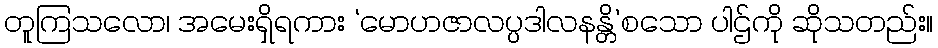
တူကြသလော၊ အမေးရှိရကား ‘မောဟဇာလပ္ပဒါလနန္တိ’စသော ပါဌ်ကို ဆိုသတည်း။